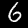
Label: 6